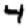
Digit: 4